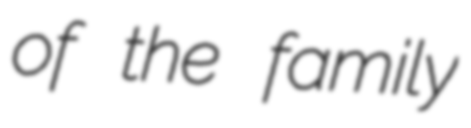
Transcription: of the family